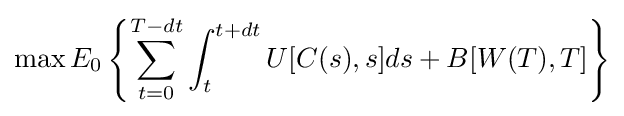
\max E_{0}\left\{\sum _{t=0}^{T-dt}\int _{t}^{t+dt}U[C(s),s]ds+B[W(T),T]\right\}